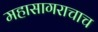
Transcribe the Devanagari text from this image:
महासागराचाच